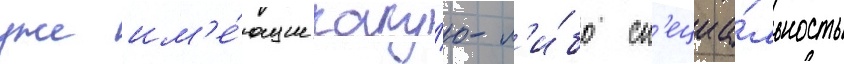
уже им'е́ющие каку́ю-л'и́бо сп'ециа́льность